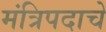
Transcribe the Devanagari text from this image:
मंत्रिपदाचे